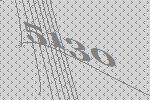
5130